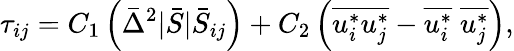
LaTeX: {\tau_{ij}}={C_{1}}\left({{{\bar{\Delta}}^{2}}|\bar{S}|{{\bar{S}}_{ij}}}\right)+{C_{2}}\left({\overline{{u_{i}^{*}u_{j}^{*}}}-\overline{{u_{i}^{*}}}\; \overline{{u_{j}^{*}}}}\right),